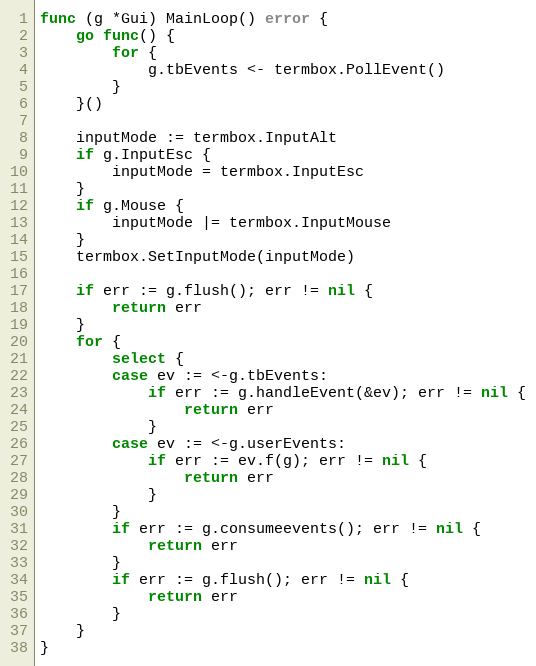
Language: Go
func (g *Gui) MainLoop() error {
	go func() {
		for {
			g.tbEvents <- termbox.PollEvent()
		}
	}()

	inputMode := termbox.InputAlt
	if g.InputEsc {
		inputMode = termbox.InputEsc
	}
	if g.Mouse {
		inputMode |= termbox.InputMouse
	}
	termbox.SetInputMode(inputMode)

	if err := g.flush(); err != nil {
		return err
	}
	for {
		select {
		case ev := <-g.tbEvents:
			if err := g.handleEvent(&ev); err != nil {
				return err
			}
		case ev := <-g.userEvents:
			if err := ev.f(g); err != nil {
				return err
			}
		}
		if err := g.consumeevents(); err != nil {
			return err
		}
		if err := g.flush(); err != nil {
			return err
		}
	}
}